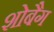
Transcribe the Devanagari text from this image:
शोबैग